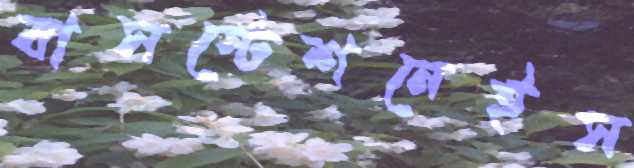
বাসস্টেশনেইস